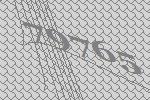
79765